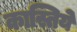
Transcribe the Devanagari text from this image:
कास्तिये